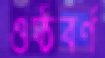
ওষ্ঠবর্ণ